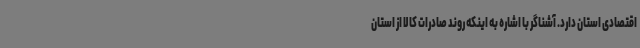
اقتصادی استان دارد. آشناگر با اشاره به اینکه روند صادرات کالا از استان